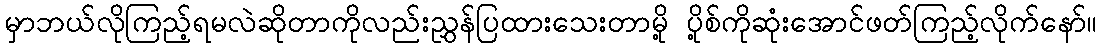
မှာဘယ်လိုကြည့်ရမလဲဆိုတာကိုလည်းညွှန်ပြထားသေးတာမို့ ပို့စ်ကိုဆုံးအောင်ဖတ်ကြည့်လိုက်နော်။